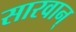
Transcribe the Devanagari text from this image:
सारवान्‌